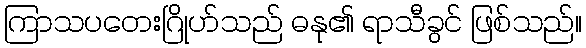
ကြာသပတေးဂြိုဟ်သည် ဓနု၏ ရာသီခွင် ဖြစ်သည်။